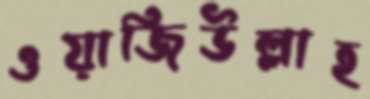
ওয়াজিউল্লাহ